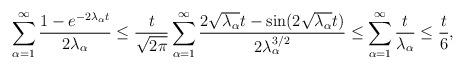
LaTeX: \begin{align*} \sum_{\alpha=1}^\infty\frac{1-e^{-2\lambda_\alpha t}}{2\lambda_\alpha}\leq \frac{t}{\sqrt{2\pi}}\sum_{\alpha=1}^\infty\frac{2\sqrt{\lambda_\alpha}t-\sin(2\sqrt{\lambda_\alpha}t)}{2\lambda_\alpha^{3/2}}\leq \sum_{\alpha=1}^\infty \frac{t}{\lambda_\alpha}\leq \frac{t}{6},\end{align*}